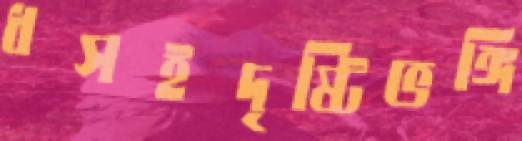
ধসইদৃষ্টিভঙ্গি